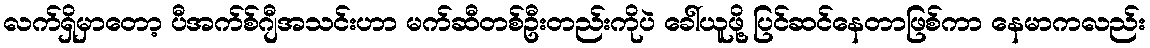
လက်ရှိမှာတော့ ပီအက်စ်ဂျီအသင်းဟာ မက်ဆီတစ်ဦးတည်းကိုပဲ ခေါ်ယူဖို့ ပြင်ဆင်နေတာဖြစ်ကာ နေမာကလည်း